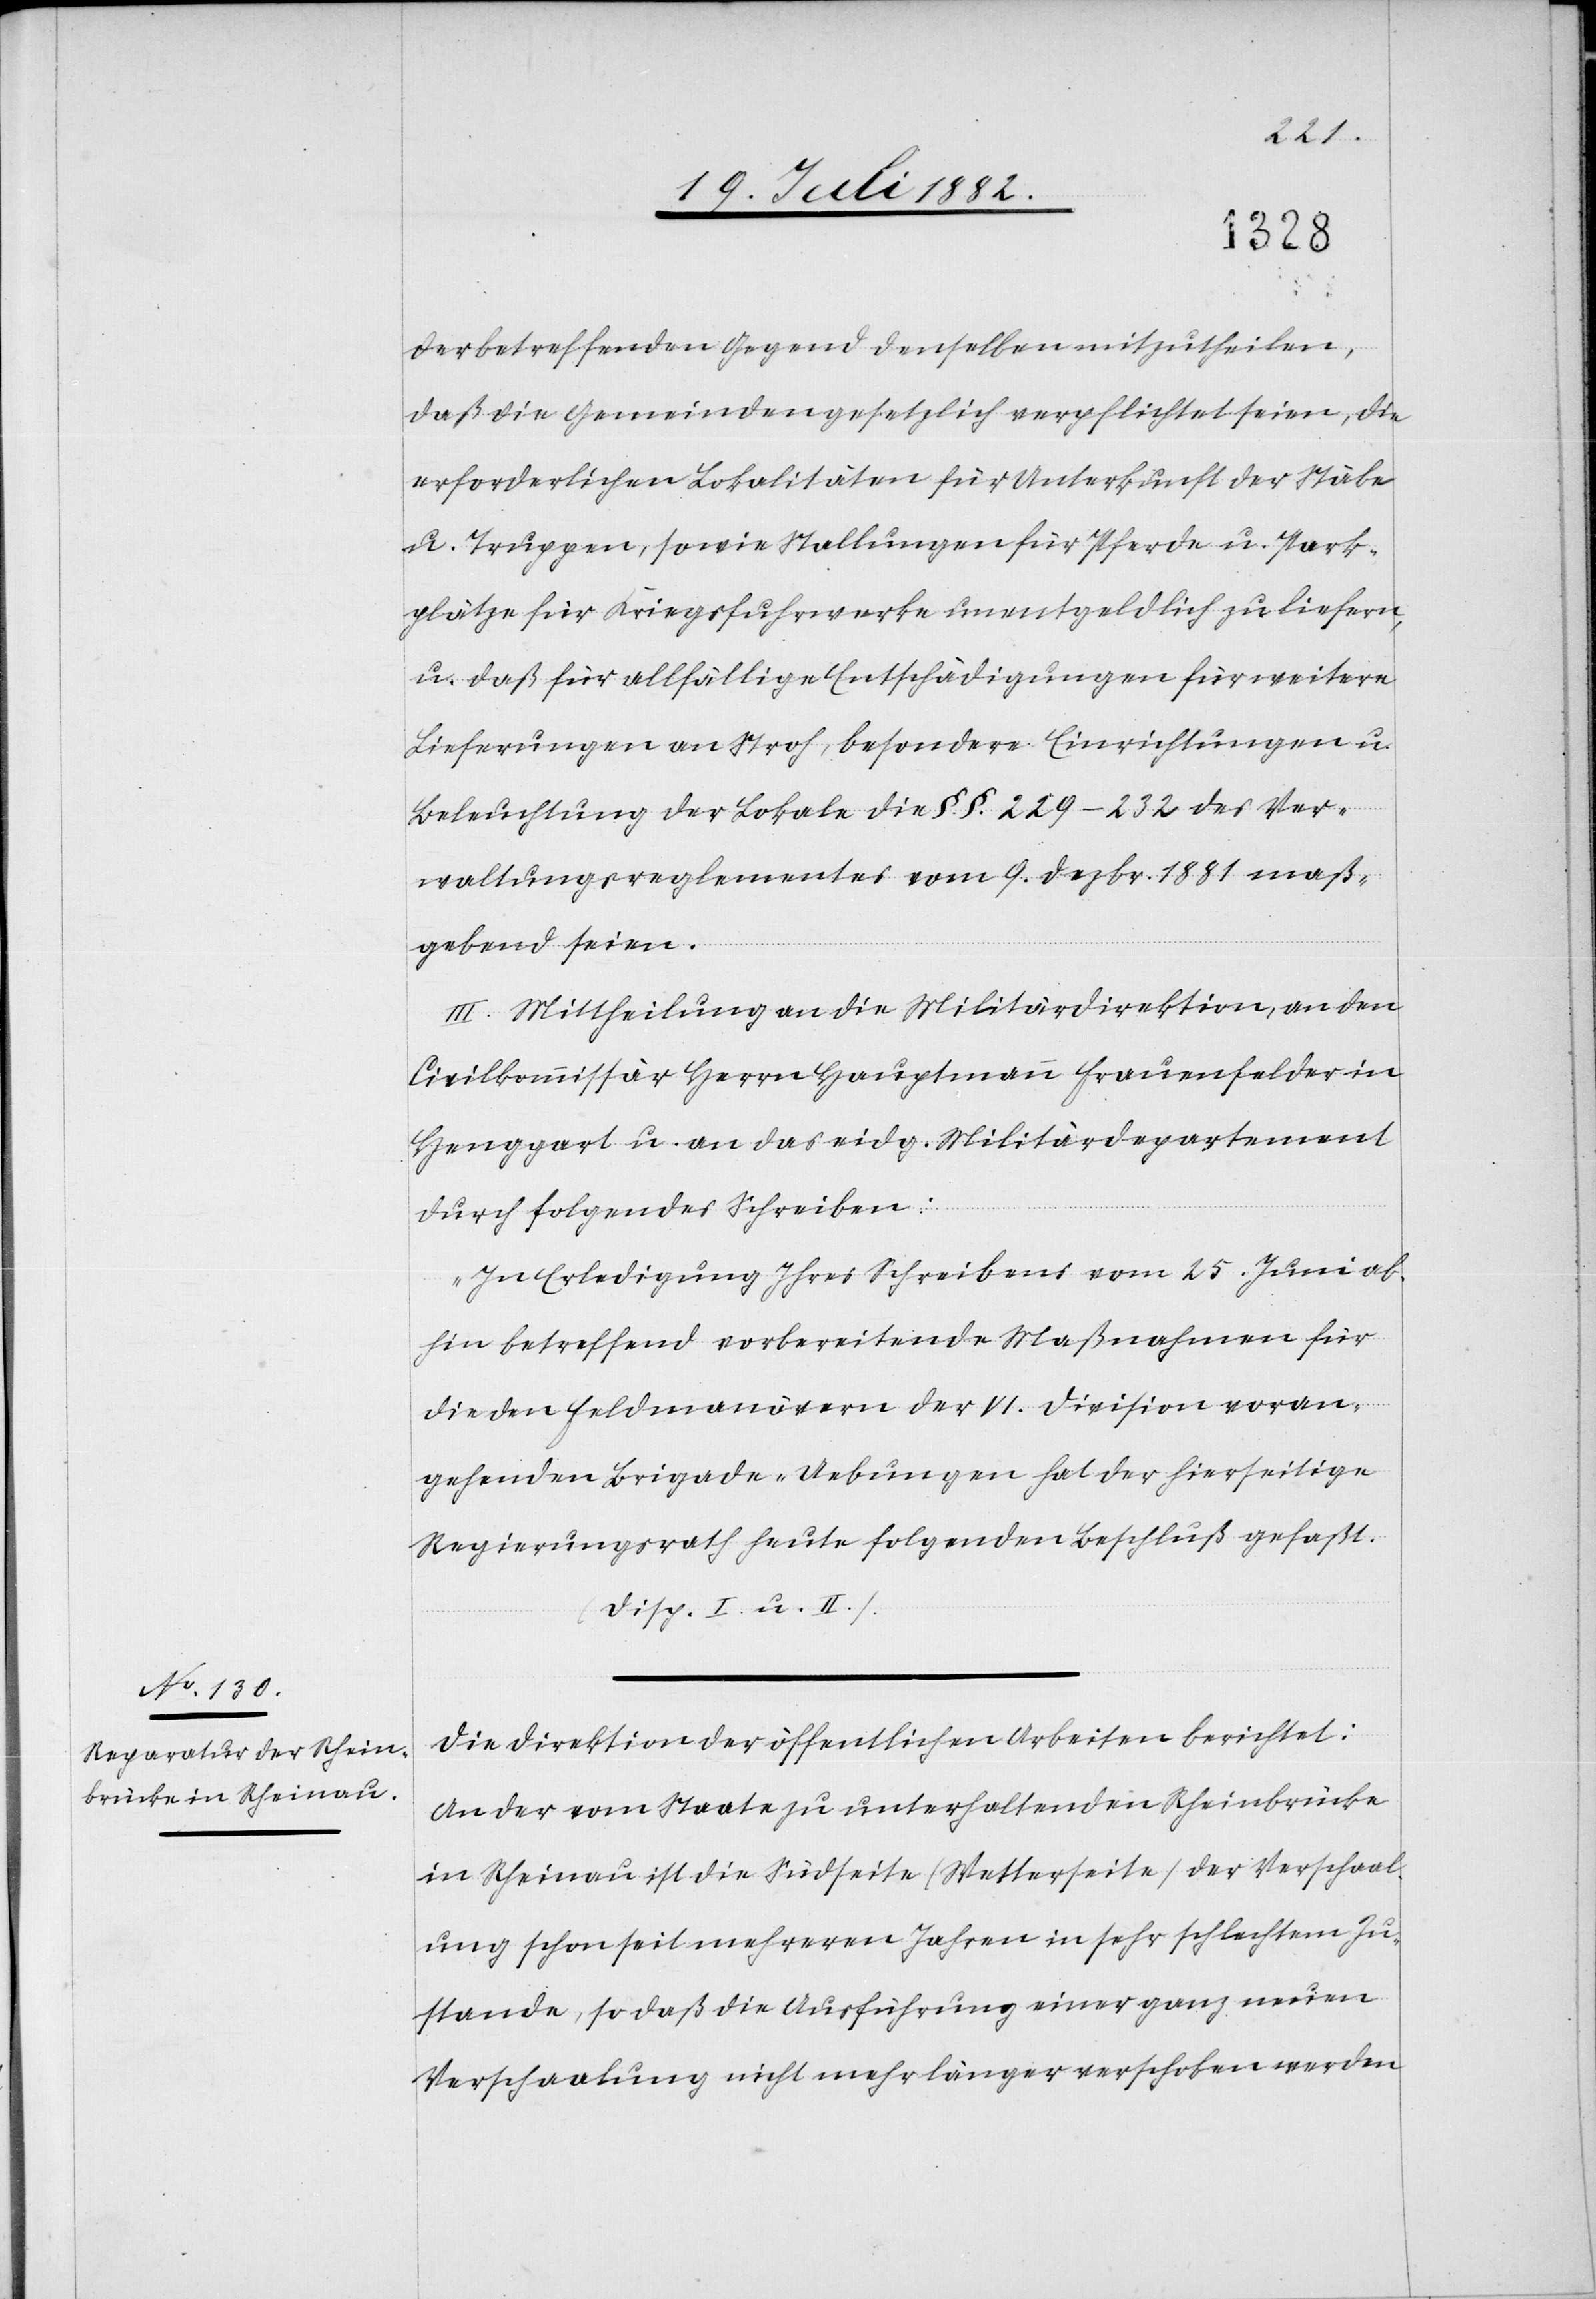
der betreffenden Gegend denselben mitzutheilen
daß die Gemeinden gesetzlich verpflichtet seien, die
erforderlichen Lokalitäten für Unterkunft der Stäbe
u. Truppen, sowie Stallungen für Pferde u. Park¬
plätze für Kriegsfuhrwerke unentgeldlich zu liefern,
u. daß für allfällige Entschädigungen für weitere
Lieferungen an Stroh, besondere Einrichtungen u.
Beleuchtung der Lokale die §. §. 229–232 des Ver¬
waltungsreglements vom 9. Dezbr. 1881 maß¬
gebend seien.
III. Mittheilung an die Militärdirektion, an den
Civilkommissär Herrn Hauptmann Frauenfelder in
Henggart u. an das eidg. Militärdepartement
durch folgendes Schreiben:
„In Erledigung Ihres Schreibens vom 25. Juni ab¬
hin betreffend vorbereitende Maßnahmen für
die den Feldmanövern der VI. Division voran¬
gehenden Brigade-Uebungen hat der hierseitige
Regierungsrath heute folgenden Beschluß gefaßt.
(Disp. I u. II.).[“]
Die Direktion der öffentlichen Arbeiten berichtet:
An der vom Staate zu unterhaltenden Rheinbrücke
in Rheinau ist die Südseite (Wetterseite) der Verschaal¬
ung schon seit mehreren Jahren in sehr schlechtem Zu¬
stande, so daß die Ausführung einer ganz neuen
Verschaalung nicht mehr länger verschoben werden